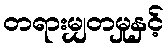
တရားမျှတမှုနှင့်